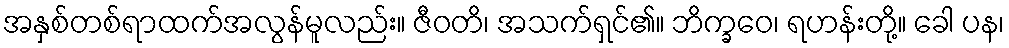
အနှစ်တစ်ရာထက်အလွန်မူလည်း။ ဇီဝတိ၊ အသက်ရှင်၏။ ဘိက္ခဝေ၊ ရဟန်းတို့။ ခေါ ပန၊